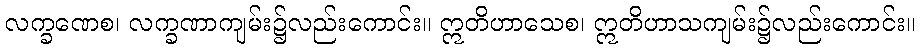
လက္ခဏေစ၊ လက္ခဏာကျမ်း၌လည်းကောင်း။ ဣတိဟာသေစ၊ ဣတိဟာသကျမ်း၌လည်းကောင်း။